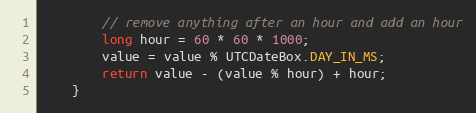
Language: Java
        // remove anything after an hour and add an hour
        long hour = 60 * 60 * 1000;
        value = value % UTCDateBox.DAY_IN_MS;
        return value - (value % hour) + hour;
    }